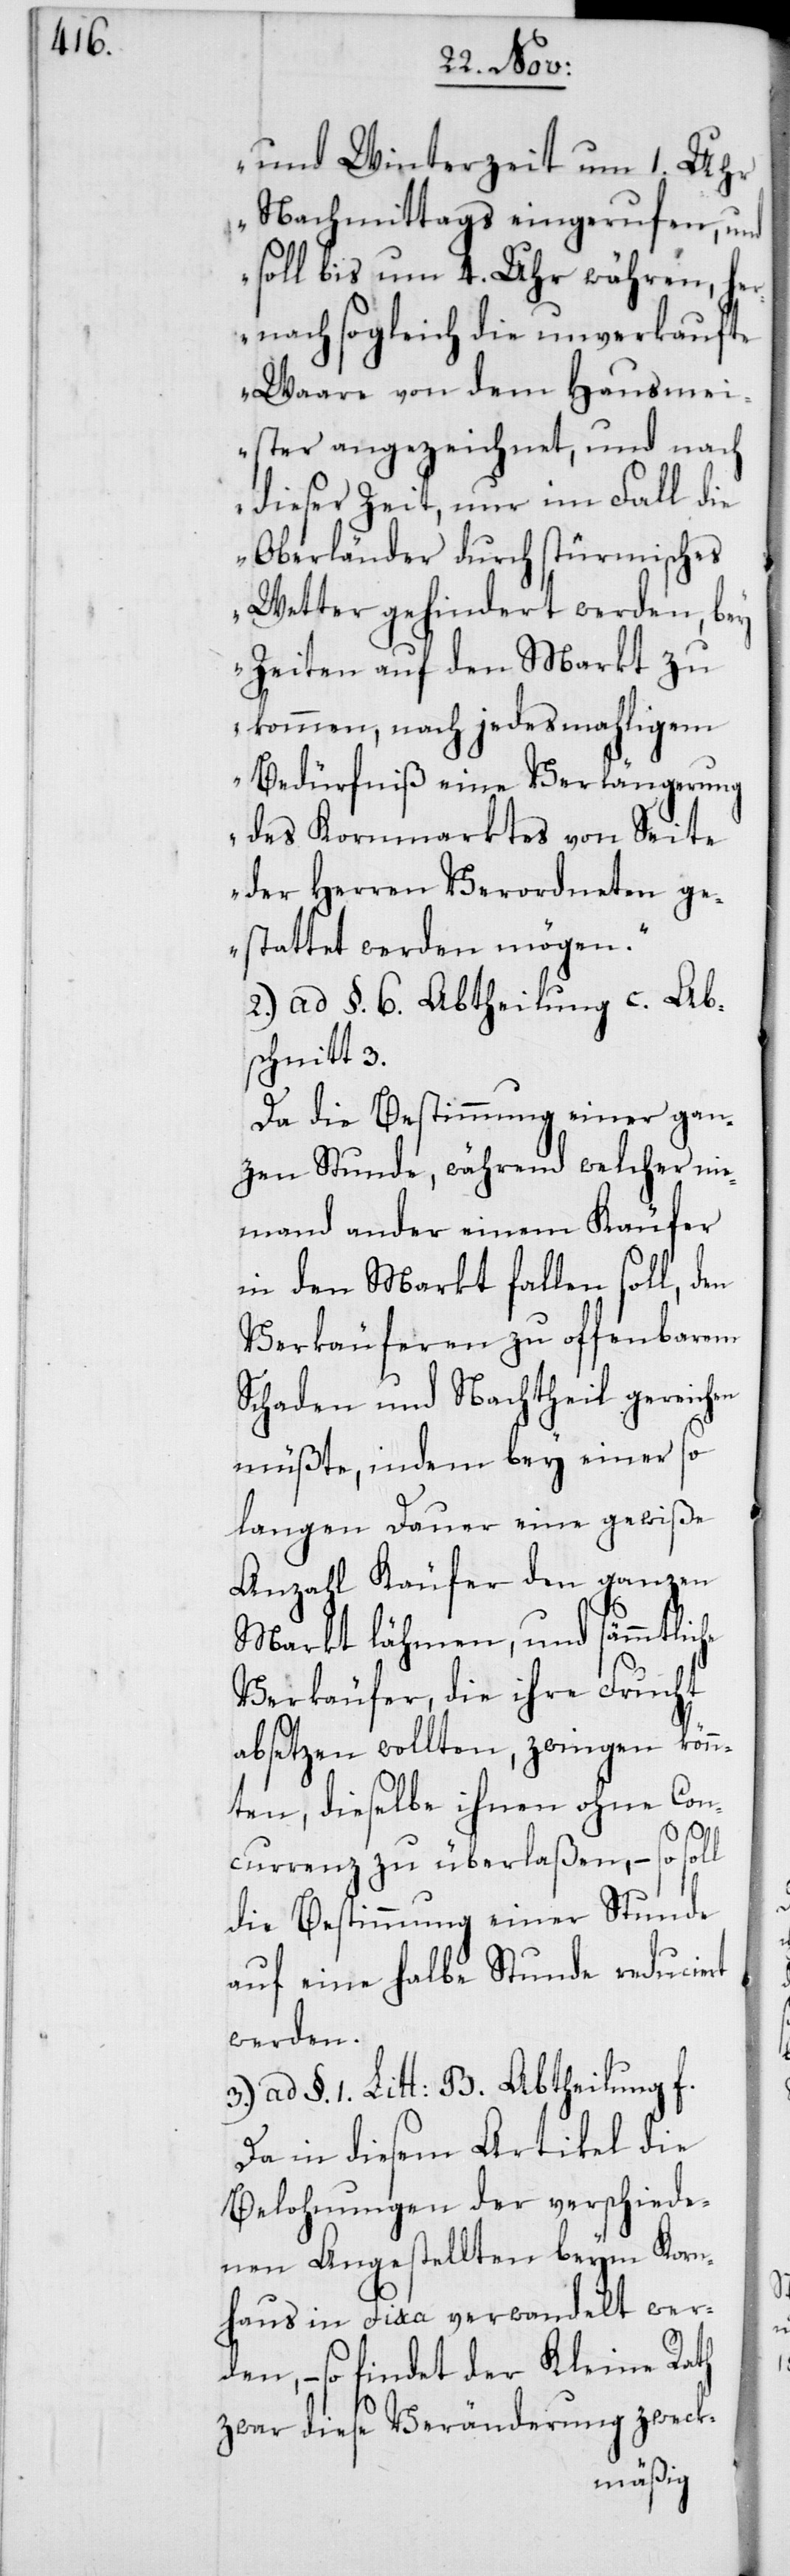
und Winterzeit um 1. Uhr
Nachmittags eingerufen, und
soll bis um 4. Uhr währen, he¬
rnach sogleich die unverkaufte
Waare von dem Hausmei¬
ster angezeichnet, und nach
dieser Zeit, nur im Fall die
Oberländer durch stürmisches
Wetter gehindert werden, bey
Zeiten auf den Markt zu
kommen, nach jedesmahligem
Bedürfniß eine Verlängerung
des Kornmarktes von Seite
der Herren Verordneten ge¬
stattet werden mögen“.
2. ad §. 6. Abtheilung c. Abs¬
chnitt 3.
Da die Bestimmung einer gan¬
zen Stunde, während welcher nie¬
mand ander einem Käufer
in den Markt fallen soll, den
Verkäuferen zu offenbarem
Schaden und Nachtheil gereichen
müßte, indem bey einer so
langen Dauer eine gewiße
Anzahl Käufer den ganzen
Markt lähmen, und sämmtliche
Verkäufer, die ihre Frucht
absetzen wollten, zwingen kön¬
nten, dieselbe ihnen ohne Con¬
currenz zu überlaßen, – so soll
die Bestimmung einer Stunde
auf eine halbe Stunde reduciert
werden.
3. ad §. 1. Litt: B. Abtheilung f.
Da in diesem Artikel die
Belohnung der verschiede¬
nen Angestellten beym Korn¬
haus in Fixa verwandelt wer¬
den, – so findet der Kleine Rath
zwar diese Veränderung zweck-